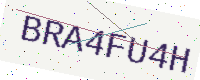
Text: BRA4FU4H